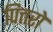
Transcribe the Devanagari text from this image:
पित्तरो